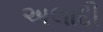
અલાદી